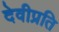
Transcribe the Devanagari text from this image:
देवीप्रति